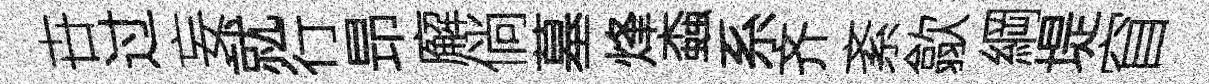
卋过妄就行昻廨倘墓烽螙系齐紊歙綱堤窅